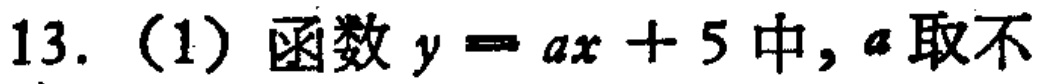
13.（1）函数\(y = ax + 5\)中，\(a\)取不